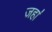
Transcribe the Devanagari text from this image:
जहा॑